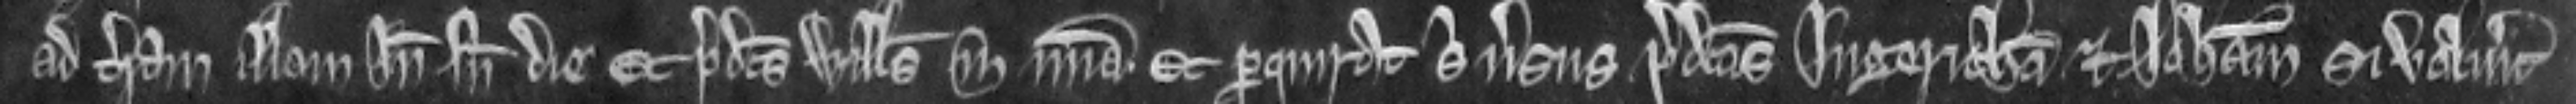
ad terram illam inde sine die et predictus Willelmus in misericordia. Et perquirat sibi versus predictas Ingeritham et Johannam si voluerit